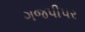
ગજપીપર